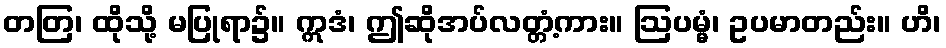
တတြ၊ ထိုသို့ မပြုရာ၌။ ဣဒံ၊ ဤဆိုအပ်လတ္တံ့ကား။ ဩပမ္မံ၊ ဥပမာတည်း။ ဟိ၊